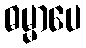
ဓမ္မာပေ